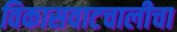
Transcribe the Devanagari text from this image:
विकासवाटचालीचा